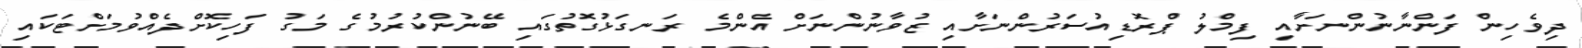
ދިވެހިން ފަންނާނުންނަށާއި ފިމްލު ޕްރޮޑިއުސަރުންނަށާއި ޒުވާނުންނަށް އެންމެ ރަނގަޅުގޮތުގައި ބޭނުންކުރުމުގެ މަގު ފަހިކޮށްދެއްވުމަށްޓަކައި